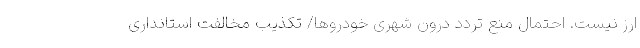
ارز نیست. احتمال منع تردد درون شهری خودروها/ تکذیب مخالفت استانداری